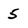
Character: 5